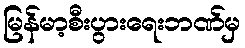
မြန်မာ့စီးပွားရေးဘဏ်မှ